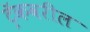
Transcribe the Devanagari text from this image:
ट्रॅकवरील